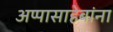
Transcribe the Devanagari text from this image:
अप्पासाहेबांना